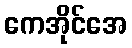
ကေအိုင်အေ